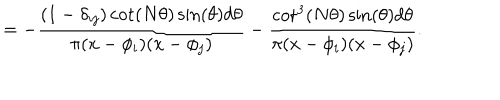
= - \frac { ( 1 - \delta _ { i j } ) \cot ( N \theta ) \sin ( \theta ) d \theta } { \pi ( x - \phi _ { i } ) ( x - \phi _ { j } ) } - \frac { \cot ^ { 3 } ( N \theta ) \sin ( \theta ) d \theta } { \pi ( x - \phi _ { i } ) ( x - \phi _ { j } ) } .